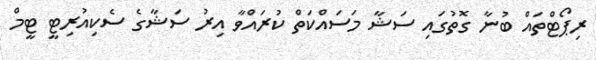
ރިޕޯޓްތައް ބުނާ ގޮތުގައި ސަޝާ މަސައްކަތް ކުރައްވާ އިރު ސަޝާގެ ސެކިއުރިޓީ ޓީމް